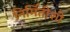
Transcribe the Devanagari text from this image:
निर्मितीशी